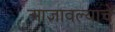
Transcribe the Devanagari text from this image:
आज्ञावल्याचे